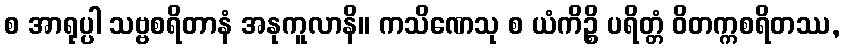
စ အာရုပ္ပါ သဗ္ဗစရိတာနံ အနုကူလာနိ။ ကသိဏေသု စ ယံကိဉ္စိ ပရိတ္တံ ဝိတက္ကစရိတဿ,